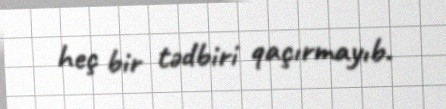
heç bir tədbiri qaçırmayıb.